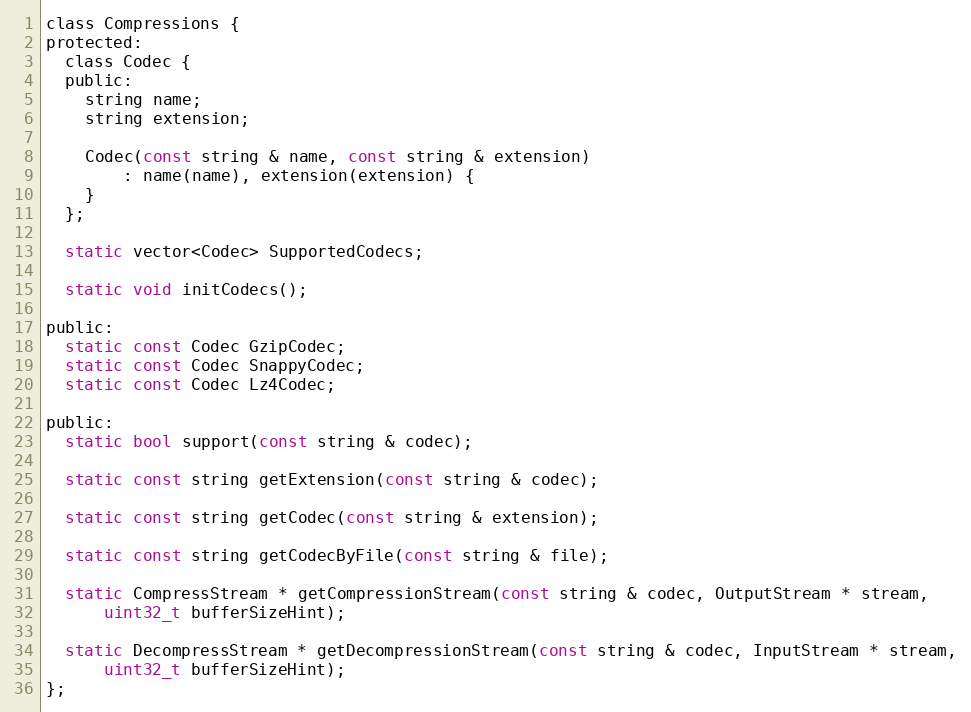
Language: C
class Compressions {
protected:
  class Codec {
  public:
    string name;
    string extension;

    Codec(const string & name, const string & extension)
        : name(name), extension(extension) {
    }
  };

  static vector<Codec> SupportedCodecs;

  static void initCodecs();

public:
  static const Codec GzipCodec;
  static const Codec SnappyCodec;
  static const Codec Lz4Codec;

public:
  static bool support(const string & codec);

  static const string getExtension(const string & codec);

  static const string getCodec(const string & extension);

  static const string getCodecByFile(const string & file);

  static CompressStream * getCompressionStream(const string & codec, OutputStream * stream,
      uint32_t bufferSizeHint);

  static DecompressStream * getDecompressionStream(const string & codec, InputStream * stream,
      uint32_t bufferSizeHint);
};